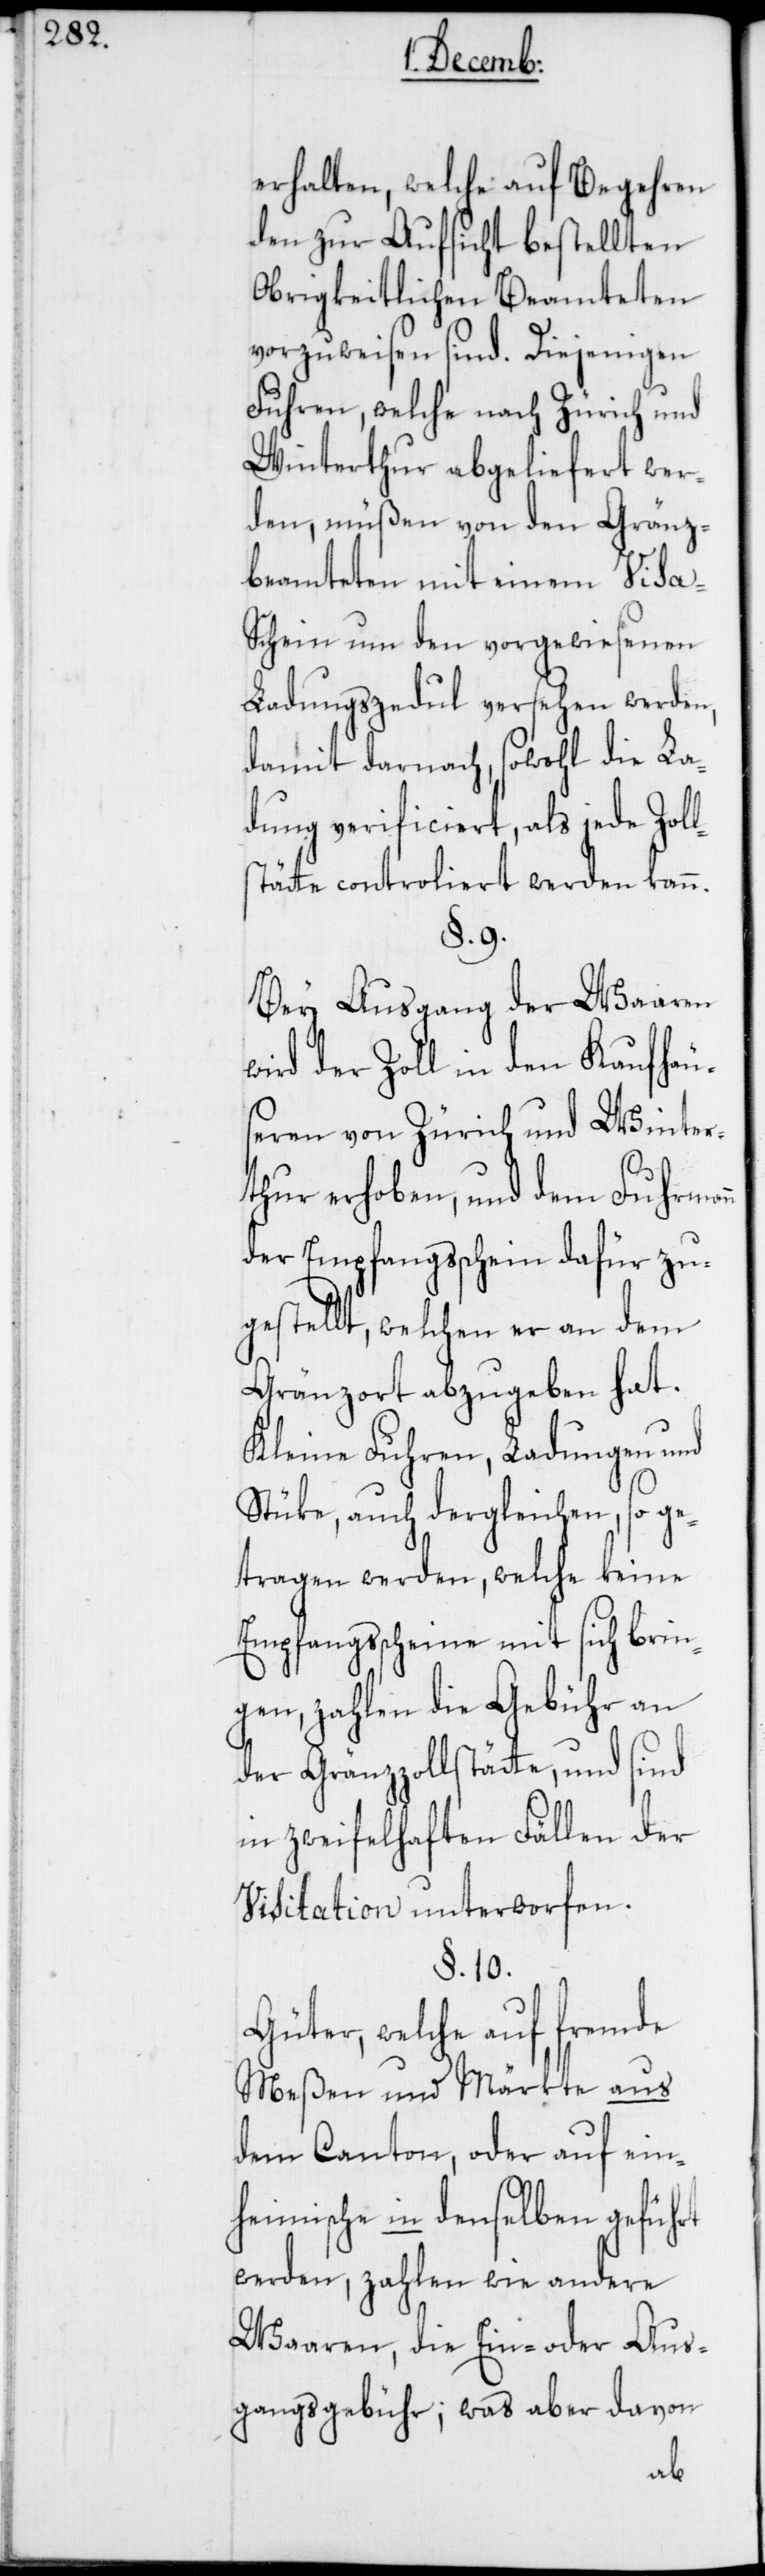
erhalten, welche auf Begehren
den zur Aufsicht bestellten
Obrigkeitlichen Beamteten
vorzuweisen sind. Diejenigen
Fuhren, welche nach Zürich und
Winterthur abgeliefert wer¬
den, müßen von den Gränz¬
beamteten mit einem Visa-S¬
chein um den vorgewiesenen
Ladungszedul versehen werden,
damit darnach, sowohl die La¬
dung verificiert, als jede Zoll¬
stätte controliert werden kann.
§. 9.
Bey Ausgang der Waaren
wird der Zoll in den Kaufhäu¬
seren von Zürich und Winter¬
thur erhoben, und dem Fuhrmann
der Empfangsschein dafür zu¬
gestellt, welchen er an dem
Gränzort abzugeben hat.
Kleine Fuhren, Ladungen und
Stüke, auch dergleichen, so ge¬
tragen werden, welche keine
Empfangsscheine mit sich brin¬
gen, zahlen die Gebühr an
der Gränzzollstätte, und sind
in zweifelhaften Fällen der
Visitation unterworfen.
§. 10.
Güter, welche auf fremde
Meßen und Märkte aus
dem Canton, oder auf ein¬
heimische in denselben geführt
werden, zahlen wie andere
Waaren, die Ein- oder Aus¬
gangsgebühr; was aber davon